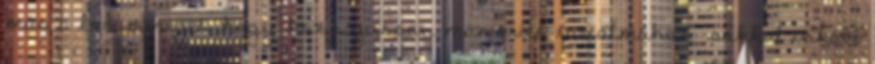
más a borosüveget, hogy hozzájusson mámorító tartalmához –sokkal inkább